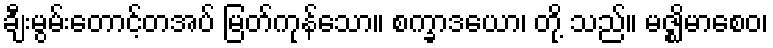
ချီးမွမ်းတောင့်တအပ် မြတ်ကုန်သော။ စက္ခာဒယော၊ တို့ သည်။ မဇ္ဈိမာစေဝ၊